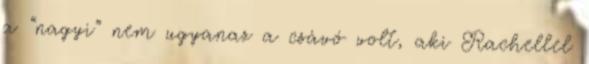
a “nagyi” nem ugyanaz a csávó volt, aki Rachellel